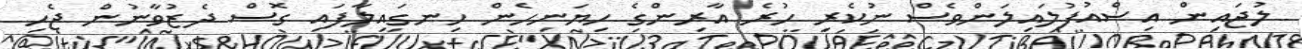
ލުޖައިން އިސްއުފުލައިލަންވެސް ނުކެރި ހުރެ އާރިންގެ ހިޔަނިހެން ހިނގައިލާފައި ގޮސް ދެޒުވާނުން ޖެހި